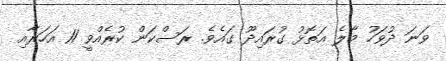
ވަނަ ދުވަހު މާލެ އަތޮޅު ގުރައިދޫ ގައެވެ. ރަސްކަން ކުރެއްވީ 11 އަހަރާއި